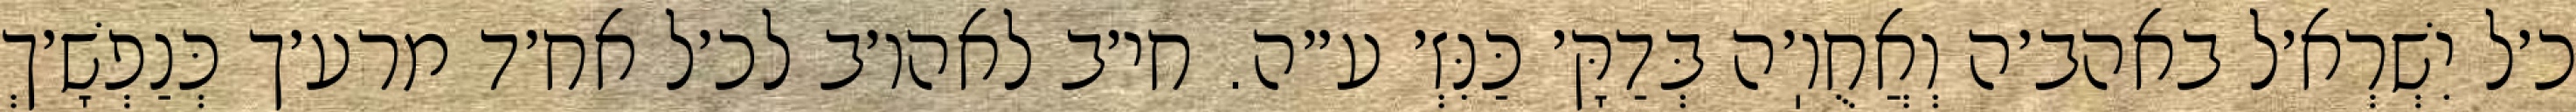
כ׳ל יִשְׁרְא׳ל באהב׳ה וְאֲחֻוֽ׳ה בְּדַקָּ׳ כַּנִּזְ׳ ע״ה. חי׳ב לאהו׳ב לכ׳ל אח׳ד מרע׳ך כְּנַפְשָׁ׳ךְ